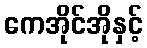
ကေအိုင်အိုနှင့်